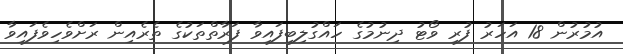
އުމުރުން 18 އަހަރު ފުރި ވޯޓު ދިނުމުގެ ހައްގުލިބިފައިވާ ފަރާތްތަކުގެ ތެރެއިން ރަށްވެހިވެފައިވާ